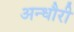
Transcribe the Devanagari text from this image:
अन्धौरी